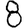
Digit: 8